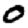
Digit: 0